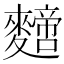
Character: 𪍼